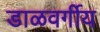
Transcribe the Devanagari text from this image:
डाळवर्गीय